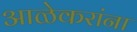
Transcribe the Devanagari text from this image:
आळेकरांना